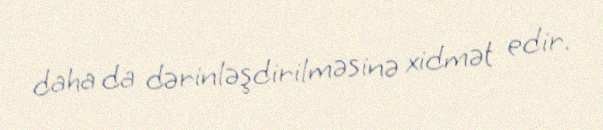
daha da dərinləşdirilməsinə xidmət edir.